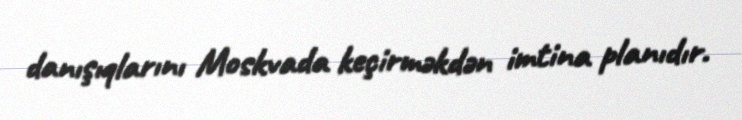
danışıqlarını Moskvada keçirməkdən imtina planıdır.